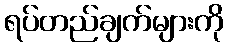
ရပ်တည်ချက်များကို